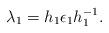
LaTeX: \begin{align*}\lambda_1=h_1\epsilon_1h^{-1}_1.\end{align*}